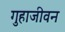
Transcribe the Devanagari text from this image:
गुहाजीवन